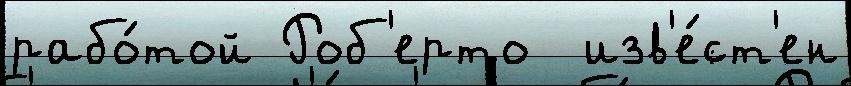
рабо́той Роб'ерто  изв'е́ст'ен